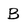
Character: B